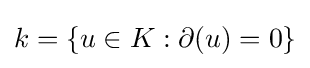
k=\{u\in K:\partial (u)=0\}